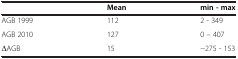
<table><thead><tr><td></td><td><b>Mean</b></td><td><b>min - max</b></td></tr></thead><tbody><tr><td>AGB 1999</td><td>112</td><td>2 - 349</td></tr><tr><td>AGB 2010</td><td>127</td><td>0 – 407</td></tr><tr><td>ΔAGB</td><td>15</td><td>−275 - 153</td></tr></tbody></table>